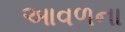
આવળના